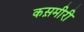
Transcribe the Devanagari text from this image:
कस़मीरी